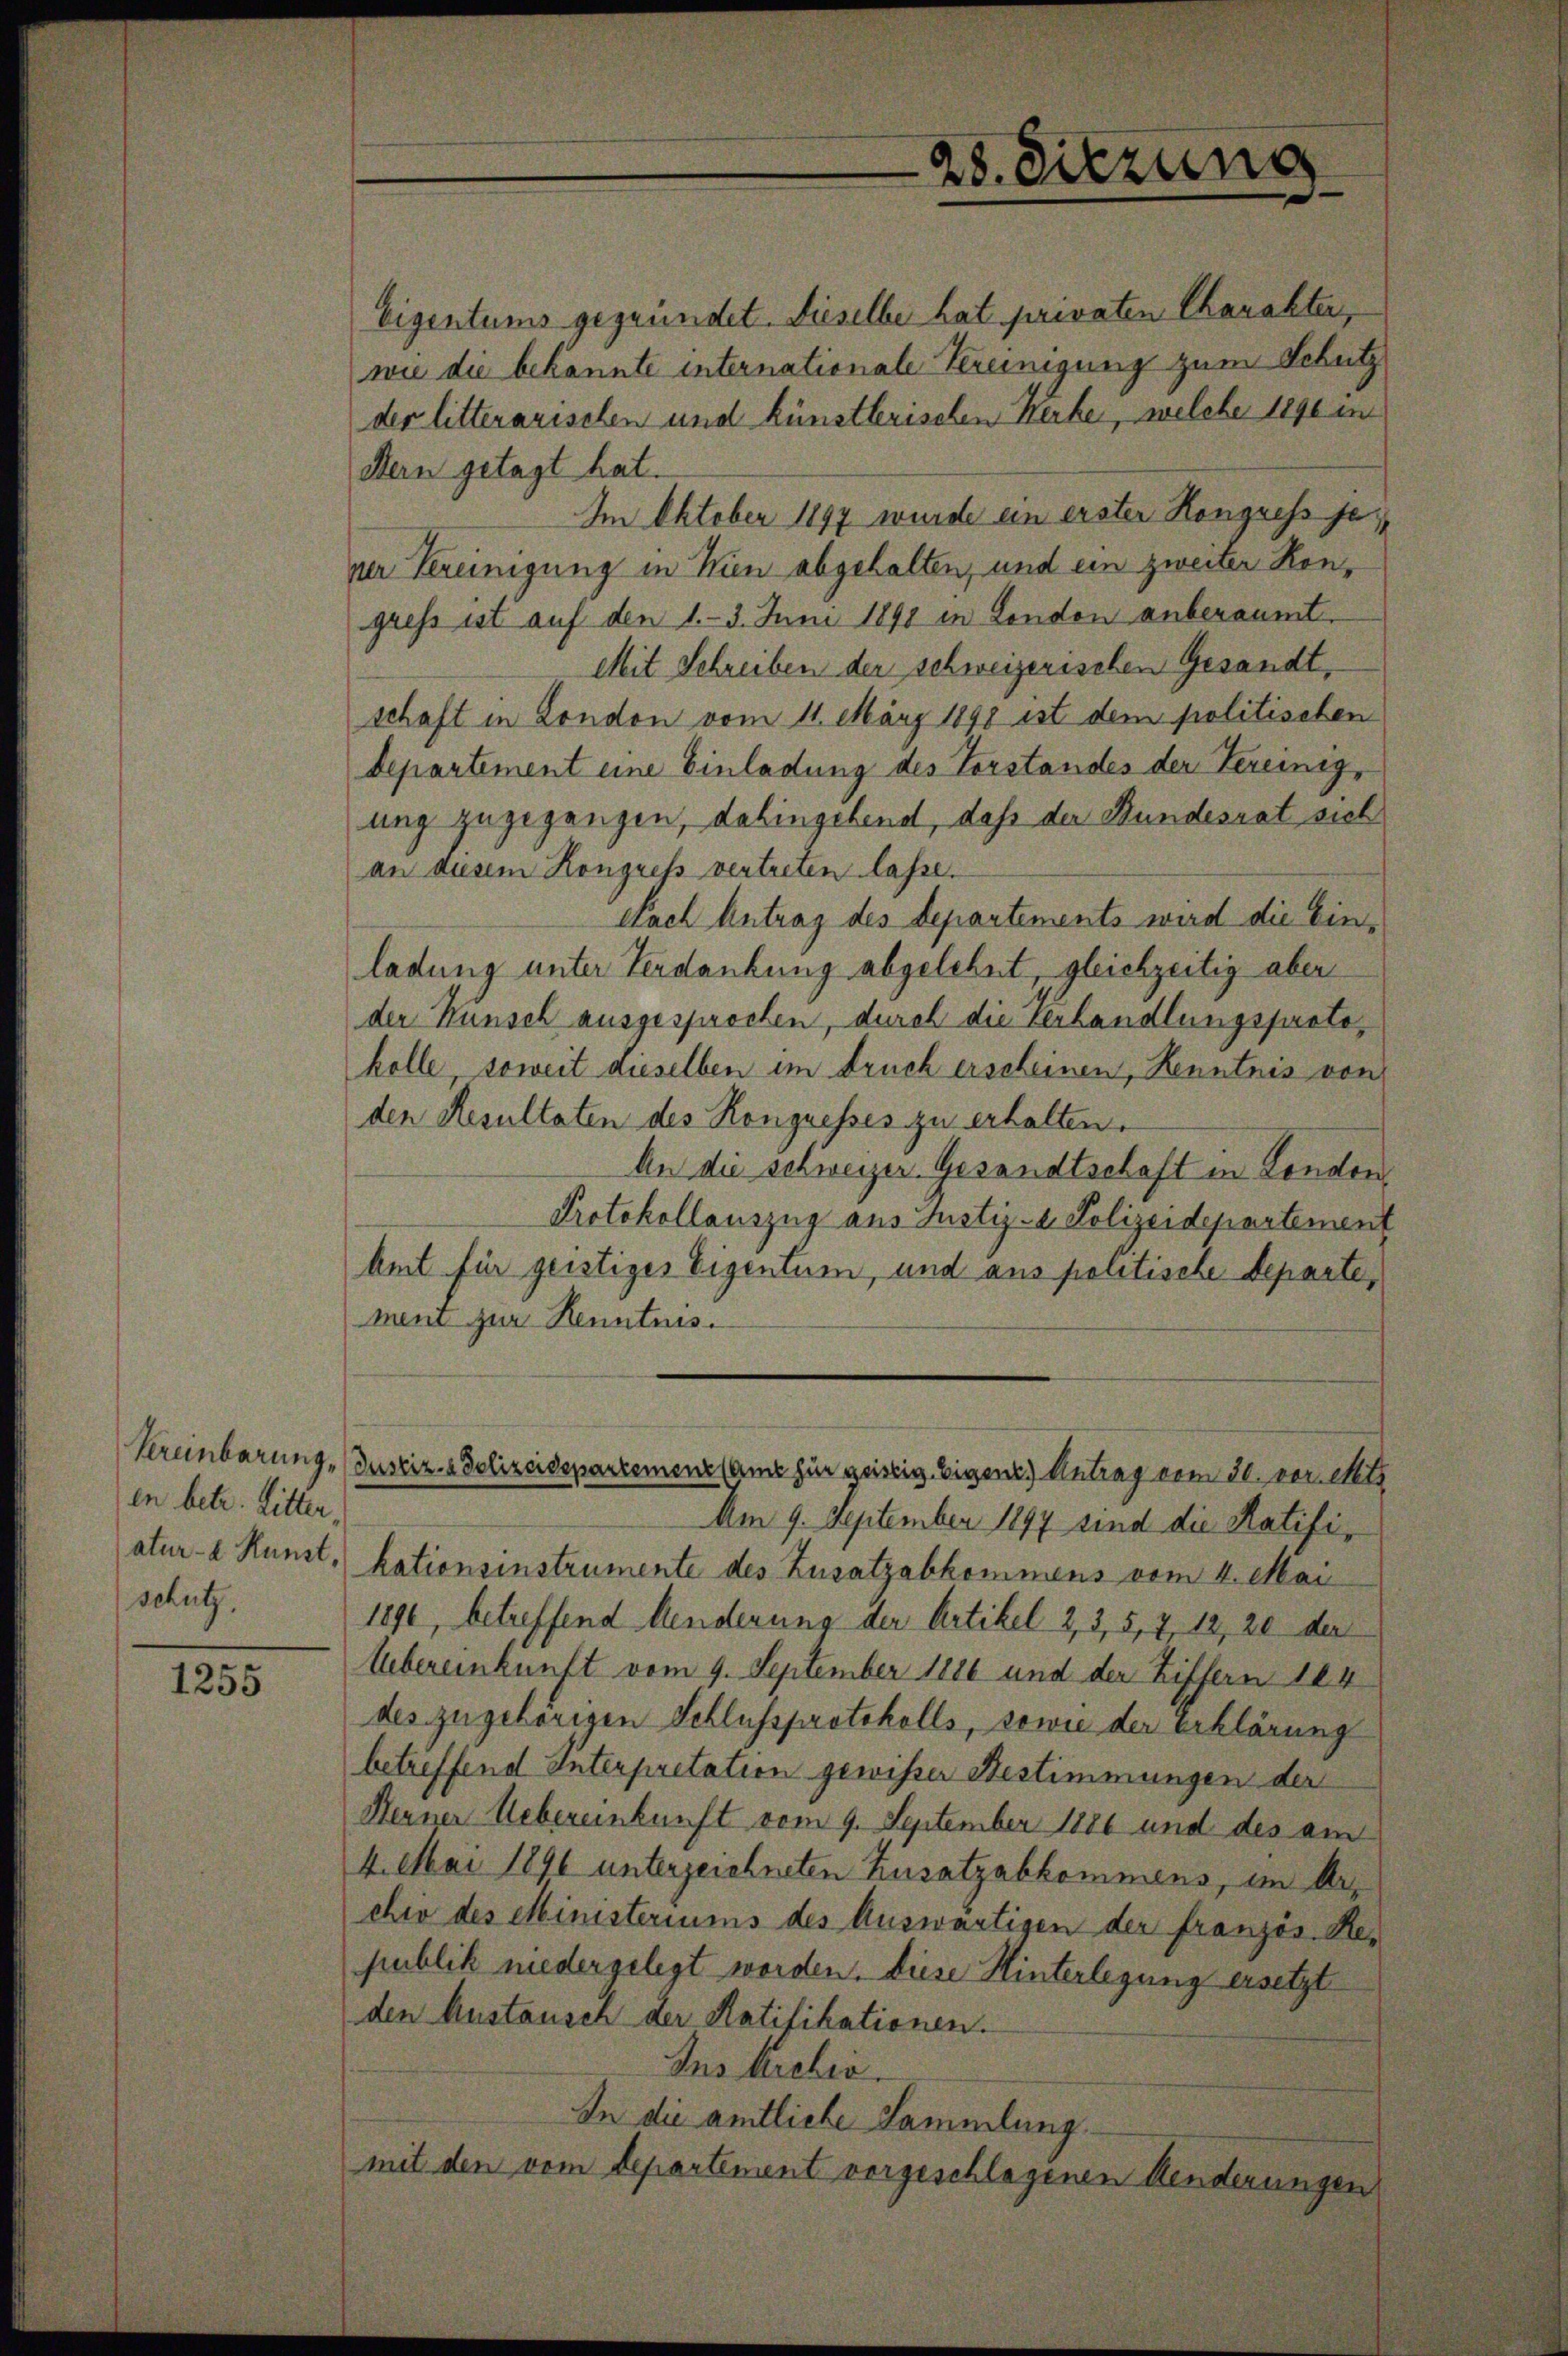
in betr. Litter,
schutz.

1255

28. Sitzung

Eigentums gegründet. Dieselbe hat privaten Charakter,
wie die bekannte internationale Vereinigung zum Schutz
der litterarischen und künstlerischen Kerker, welche 1890 im
Bern getagt hat.
Im Oktober 1897 wurde ein erster Kongress sei
ner Vereinigung in Wien abgehalten, und ein zweiter Kongress ist auf den 1.- 3. Juni 1890 in London anberaumt.
Mit Schreiben der schweizerischen Gesandt,
schaft in London vom 11. März 1898 ist dem politischen
Departement eine Einladung des Vorstandes der Vereinigung zugegangen, dahingehend, daß der Stundesrat sich
an diesem Kongress vertreten lasse.
Nach Antrag des Departements wird die Einladung unter Verdankung abgelehnt, gleichzeitig aber
der Kunsch ausgesprochen, durch die Verhandlungsprotokolle, soweit dieselben im Fruch erscheinen, Kenntnis von
den Resultaten des Kongresses zu erhalten.
An die schweizer Gesandtschaft in London,
Protokollauszug aus Justiz- & Polizeidepartement
Amt für geistiges Eigentum, und aus politische Departe,
ment zur Kenntnis.

Am 9. September 1897 sind die Ratifiatur- & Kunst, kationsinstrumente des Zusatzabkommens vom 4. Mai
1890, betreffend Aenderung der Artikel 2, 3, 5, 7, 12, 20 der
Uebereinkunft vom 9. September 1886 und der Ziffern 164
des zugehörigen Schlussprotokolls, sowie der erklärung
betreffend Interpretation gewisser Bestimmungen der
Berner Uebereinkunft vom 9. September 1886 und des am
4. Mai 1896 unterzeichneten Zusatzabkommens, im Archiv des Ministeriums des Auswärtigen der französ. Republik niedergelegt worden. Diese Hinterlegung ersetzt
den Austausch der Ratifikationen.
Ins Archiv.
In die amtliche Sammlung.
mit den vom Departement vorgeschlagenen Aenderungen

Vereinbarung. Justiz- & Polizeidepartement same für geistig. Eigen) Antrag vom 20. vereits